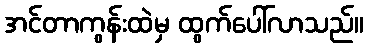
အင်တာကွန်းထဲမှ ထွက်ပေါ်လာသည်။